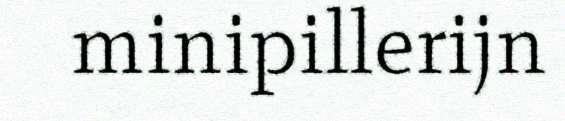
minipillerijn